Civil Veterinary Dept. Bombay admin report 1907-1913 - 1907-1913
Year: 1907
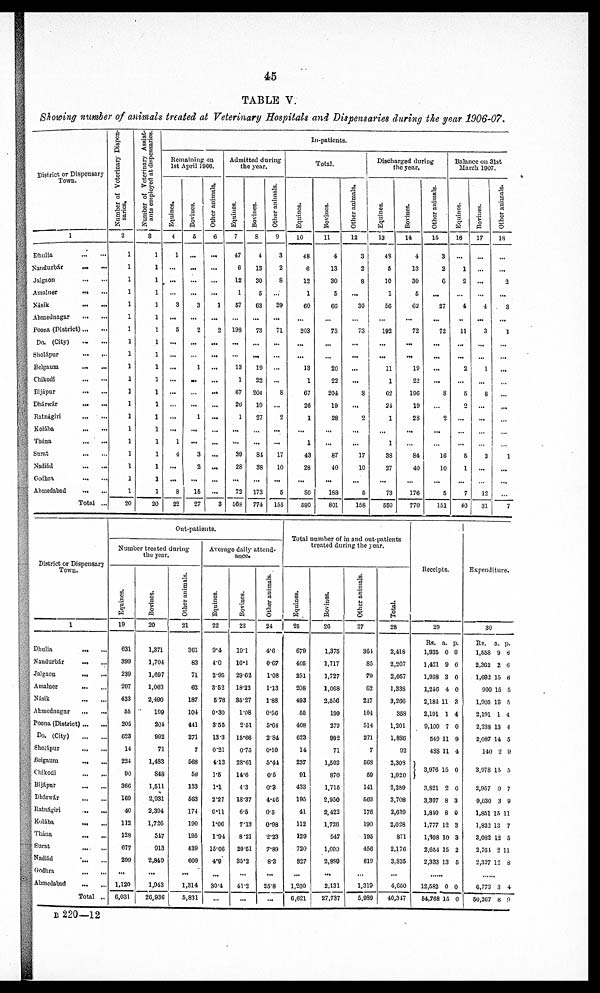
45
TABLE V.
Showing number of animals treated at Veterinary Hospitals and Dispensaries during the year 1006-07.
District or Dispensary
Town.
1
Dhulia
...
...
Nandurbár
...
...
Jalgaon
...
...
Amalner
Násik
Ahmednagar
Poona (District) ... ...
Do. (City)
Sholápur
...
...
Belgaum ... ...
Chikodi
Bijápur
Dhárwár
Ratnágiri
Kolába
Thána
Surat
Nndiád
Godhra ... ...
Ahmedabad
Total ..
Number of Veterinary Dispen-
saries.
2
1
1
1
1
1
1
1
1
1
1
1
1
1
1
1
1
1
1
1
1
20
Number of Veterinary Assist-
ants employed at dispensaries
3
1
1
1
1
1
1
1
1
1
1
1
1
1
1
1
1
1
1
1
1
20
In-patients.
Remaining on
1st April 1906.
Equines.
4
1
...
...
...
3
...
5
...
...
...
...
...
...
...
1
4
...
...
8
22
Bovines.
5
...
...
...
...
3
...
2
...
1
...
...
1
...
...
3
2
...
15
27
Other animals.
6
...
...
...
...
1
...
2
...
...
...
...
...
...
...
...
...
...
...
...
3
Admitted during
the year.
Equines.
7
47
6
12
1
67
...
198
...
...
13
1
67
20
1
...
...
30
28
...
72
568
Bovines.
8
4
13
30
6
63
...
73
...
...
19
22
204
19
27
...
...
84
38
...
173
771
Other animals.
9
3
2
8
...
29
...
71
...
...
...
...
8
2
...
...
17
10
...
6
155
Total.
Equines.
10
48
6
12
1
60
...
203
...
...
13
1
07
26
1
...
1
43
28
...
80
590
Bovines.
11
4
13
30
6
60
...
75
...
...
20
22
204
19
28
...
...
87
40
...
189
801
Other animals.
12
3
2
8
...
30
...
73
...
...
...
...
8
...
2
...
...
17
10
...
6
158
Discharged during
the year.
Equines.
13
48
6
10
1
56
...
192
...
...
11
1
62
24
1
...
1
38
27
...
73
550
Bovines.
14
4
13
30
5
62
...
72
...
...
19
22
196
19
28
...
...
84
40
...
176
770
Other animals.
15
3
2
0
...
27
...
72
...
...
...
...
8
...
2
...
...
16
10
...
5
151
Balance on 31st
March 1907.
Equines.
16
...
1
2
...
4
..
11
...
...
2
...
5
2
...
...
...
6
1
...
7
40
Bovines.
17
...
...
...
...
4
...
3
...
...
1
...
8
...
...
...
...
3
...
...
12
31
Other animals.
18
...
...
2
...
3
...
1
...
...
...
...
...
...
...
...
...
1
...
...
...
7
District or Dispensary
Town.
1
Dhulia
...
...
Nandurbár
...
...
Jalgaon
Amalner
Násik
Ahmednagar
Poona (District) ... ...
Do. (City)
Sholápur ... ...
Belgaum ... ...
Chikodi
...
...
Bijápur
Dhárwár
Ratnágiri
Kolába
Thána
...
...
Sural
Nadiád
Godhra
Ahmedabad
Total ..
Out-patients.
Number treated during
the year.
Equines.
19
631
399
239
207
433
55
205
623
14
224
00
366
169
40
112
128
677
299
...
1,120
6,031
Bovines.
20
1,371
1,704
1,697
1,003
2,490
199
204
992
71
1,483
848
1,511
2,931
2,394
1,726
547
913
2,849
...
1,943
26,936
Other animals.
21
301
83
71
62
187
101
441
271
7
568
59
333
563
174
190
195
439
609
...
1,314
5,831
Average daily attend-
ance.
Equities.
22
9.4
4.0
2.95
3.52
5.78
0.30
3.55
13.3
0.21
4.13
1.6
1.1
2.27
0.11
1.06
1.94
15.66
4.9
...
30.4
...
Bovines.
23
19.1
16.1
29.62
18.22
35.27
1.08
2.51
15.66
0.75
28.61
14.6
4.3
18.37
6.6
7.13
8.21
20.51
35.2
...
41.2
...
Other animals.
24
4.6
0.67
1.08
1.13
1.88
0.50
5.64
3.84
0.10
5.44
0.5
0.3
4.46
0.5
0.98
2.23
7.89
8.3
...
25.8
...
Total number of in and out.patients
treated during the year.
Equines.
25
679
405
251
208
493
55
408
623
14
237
91
433
195
41
112
129
720
827
...
1,200
6,621
Bovinos.
26
1,375
1,717
1,727
1.068
2,556
199
270
992
71
1,503
870
1,715
2,950
2,422
1,726
547
1,000
2,889
...
2,131
27,737
Other animals.
27
364
85
79
62
217
104
514
271
7
608
69
141
503
176
190
193
456
619
...
1,319
5,989
Total.
28
2,418
2,207
2,057
1,339
3,266
358
1,201
1,830
92
2,309
1,020
2,289
3,708
2,639
2,028
871
2,176
3,835
...
4,650
40,317
Receipts.
29
Rs.
1,935
1,421
1,958
1,246
2,184
2,191
9,100
549
438
3,976
3,821
3,397
1,840
1,777
1,108
2,654
2,333
......
12,582
54,768
a.
0
9
3
4
11
1
7
11
11
15
2
8
8
12
10
15
13
0
15
p.
0
0
0
0
3
4
0
9
4
0
0
3
0
3
3
2
5
0
0
Expenditure.
30
Rs.
1,558
2,362
1,692
900
1,905
2,191
2,238
2,087
140
3,978
2,937
9,630
1,851
1,822
3,032
2,764
2,327
......
6,773
50,267
a.
9
2
15
15
13
1
13
14
2
15
0
3
13
13
12
2
12
3
8
p.
6
6
6
5
5
4
4
5
0
5
7
9
11
7
5
11
8
4
9
B 220—12